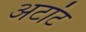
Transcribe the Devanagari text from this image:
अटांट